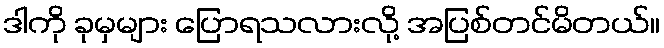
ဒါကို ခုမှများ ပြောရသလားလို့ အပြစ်တင်မိတယ်။